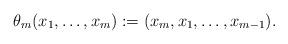
LaTeX: \begin{align*}\theta_m(x_1,\ldots,x_m):=(x_m,x_1,\ldots,x_{m-1}).\end{align*}